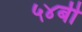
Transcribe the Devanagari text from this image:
५४बी